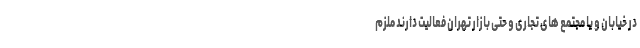
در خیابان و یا مجتمع های تجاری و حتی بازار تهران فعالیت دارند ملزم